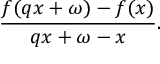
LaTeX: { \frac { f ( q x + \omega ) - f ( x ) } { q x + \omega - x } } .